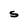
Character: S